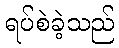
ရပ်စဲခဲ့သည်